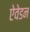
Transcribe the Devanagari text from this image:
ऐवेडन